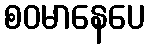
စဝမာနေပေ